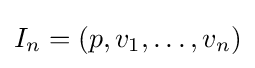
I_{n}=(p,v_{1},\dots ,v_{n})